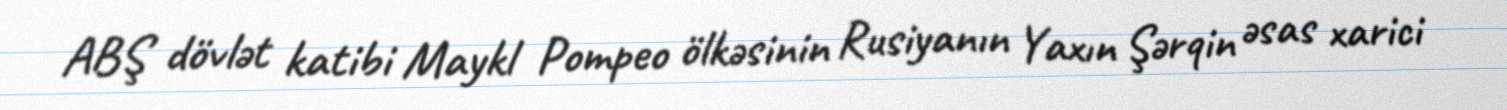
ABŞ dövlət katibi Maykl Pompeo ölkəsinin Rusiyanın Yaxın Şərqin əsas xarici